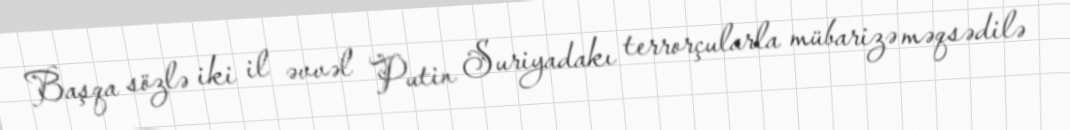
Başqa sözlə iki il əvvəl Putin Suriyadakı terrorçularla mübarizə məqsədilə